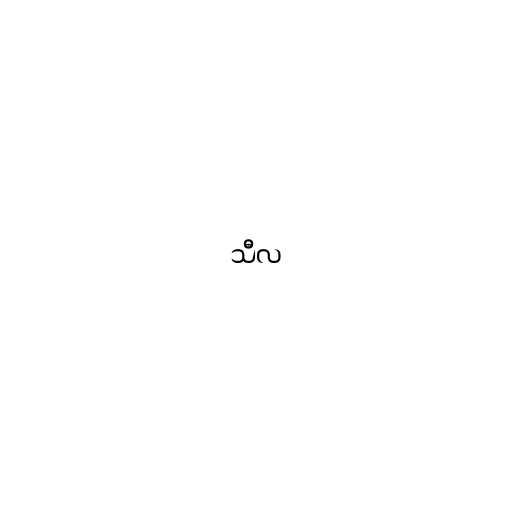
သီလ